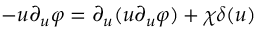
- u \partial _ { u } \varphi = \partial _ { u } ( u \partial _ { u } \varphi ) + \chi \delta ( u )